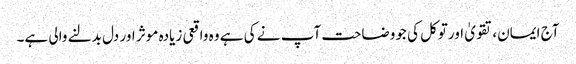
آج ایمان،تقویٰ اورتوکل کی جووضاحت آپ نے کی ہے وہ واقعی زیادہ موثر اور دل بدلنے والی ہے۔